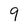
Character: 9